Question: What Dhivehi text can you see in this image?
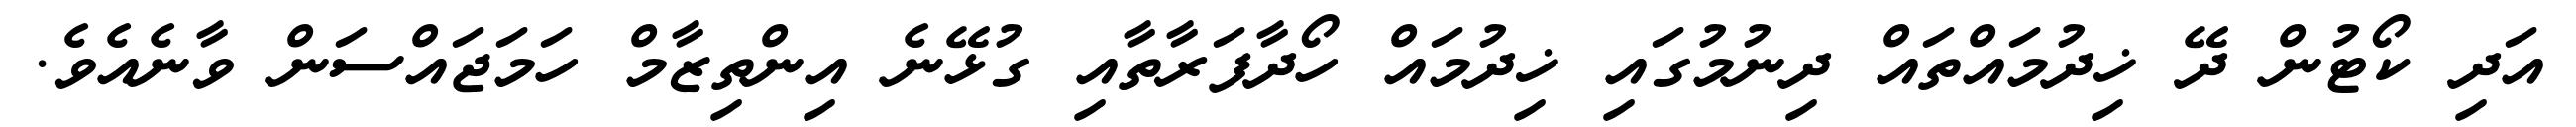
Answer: އަދި ކޯޓުން ދޭ ޚިދުމައްތައް ދިނުމުގައި ޚިދުމައް ހޯދާފަރާތާއި ގުޅޭނެ އިންތިޒާމް ހަމަޖައްސަން ވާނެއެވެ.